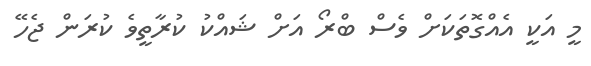
މީ އަކީ އެއްގޮތަކަށް ވެސް ބްރޯ އަށް ޝައްކު ކުރާތީވެ ކުރަން ޖެހޭ